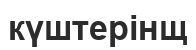
күштерінщ